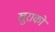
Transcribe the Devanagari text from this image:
खुराको